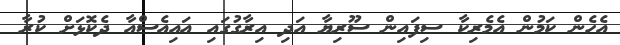
އެހެން ކަމުން އެމެރިކާ ސިފައިން ސޫރިޔާ އަދި އިރާގުގައި އައިއެސްއާ ދެކޮޅަށް ކުރާ